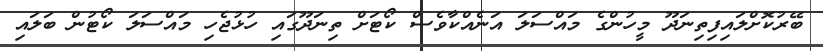
ބޭރުކޮށްލައިފިތިނަދޫ މީހުންގެ މައްސަލަ އަނެއްކާވެސް ކޯޓަށް ތިނަދޫގައި ހުޅުޖެހި މައްސަލަ ކޯޓުން ބަލައި